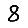
Digit: 8